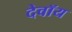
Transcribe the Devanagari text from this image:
देवॉय